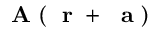
\mathrm { ~ \bf ~ A ~ } ( \mathrm { ~ \bf ~ r ~ } + { \mathrm { ~ \bf ~ a ~ } } )